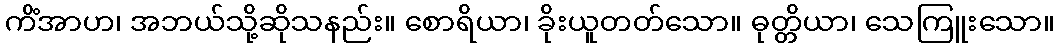
ကိံအာဟ၊ အဘယ်သို့ဆိုသနည်း။ စောရိယာ၊ ခိုးယူတတ်သော။ ဓုတ္တိယာ၊ သေကြူးသော။